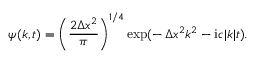
\psi ( k , t ) = \left( \frac { 2 \Delta x ^ { 2 } } { \pi } \right) ^ { 1 / 4 } \exp ( - \, \Delta x ^ { 2 } k ^ { 2 } - \mathrm { i } c | k | t ) .